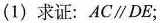
(1)求证：AC\parallel DE；